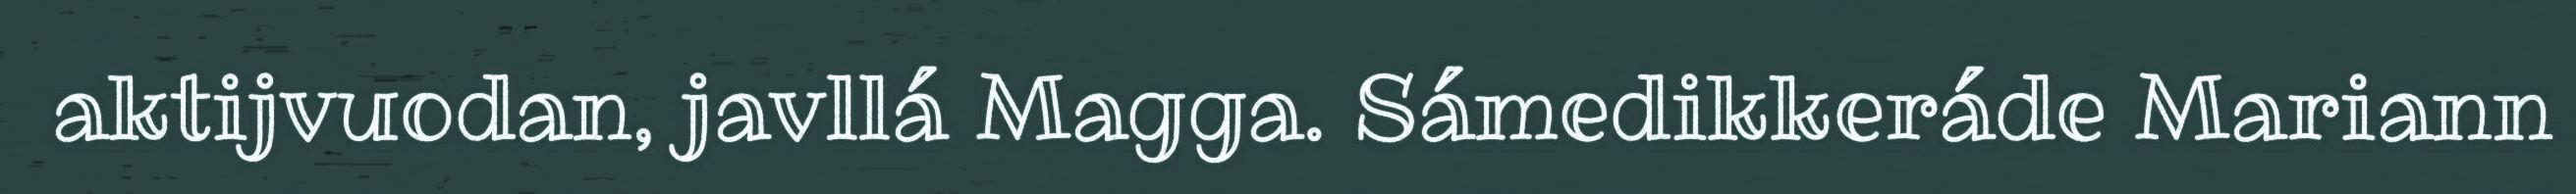
aktijvuodan, javllá Magga. Sámedikkeráde Mariann